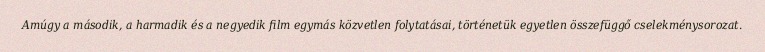
Amúgy a második, a harmadik és a negyedik film egymás közvetlen folytatásai, történetük egyetlen összefüggő cselekménysorozat.